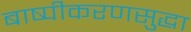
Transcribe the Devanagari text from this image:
बाष्पीकरणसुद्धा